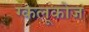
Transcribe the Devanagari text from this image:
ग्कलूकोज